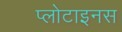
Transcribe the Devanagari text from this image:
प्लोटाइनस